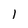
Character: 1